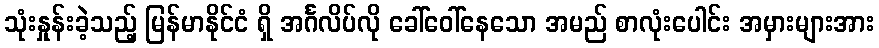
သုံးနှုန်းခဲ့သည့် မြန်မာနိုင်ငံ ရှိ အင်္ဂလိပ်လို ခေါ်ဝေါ်နေသော အမည် စာလုံးပေါင်း အမှားများအား